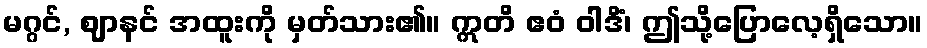
မဂ္ဂင်, ဈာနင် အထူးကို မှတ်သား၏။ ဣတိ ဧဝံ ဝါဒိံ၊ ဤသို့ပြောလေ့ရှိသော။